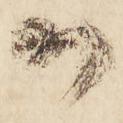
御